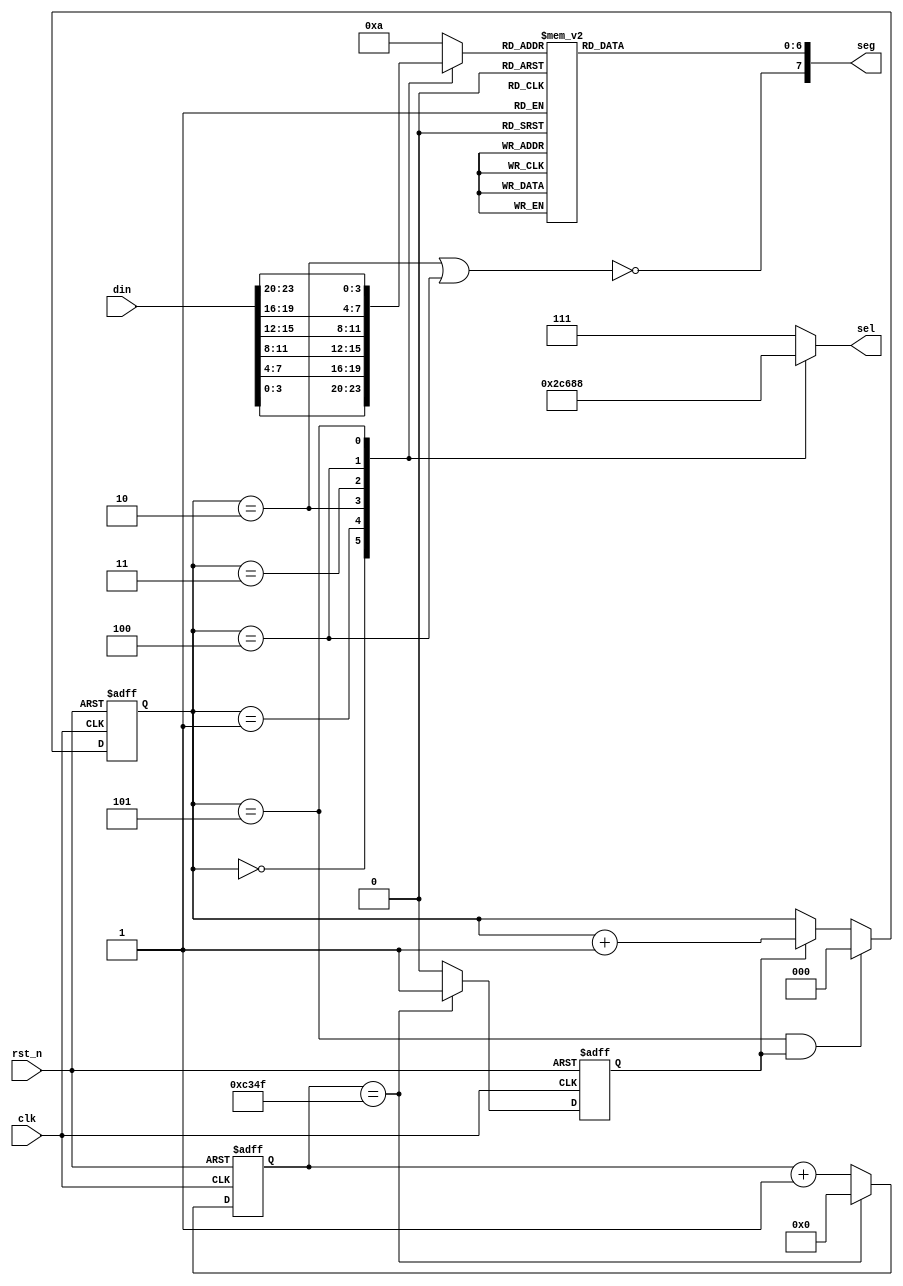
module  led_display (
/*i*/   input    wire              clk              ,
        input    wire              rst_n            ,
        input    wire    [23:0]    din              ,  //data from sco model;
/*o*/   output   wire    [2:0]     sel              ,  //38 decoder;
        output   wire    [7:0]     seg                 //segement;      
);
parameter MS_MAX = 17'd4_9999; //1ms dynamic refresh;//4_9999;
reg          flag_1ms;
reg  [16:0]  cnt_1ms;
reg  [2:0]   sel_r;
reg  [6:0]   seg_r;
reg  [3:0]   seg_sel;
reg  [2:0]   cnt_sel;
wire         dp;  
always @(posedge clk or negedge rst_n) begin   //control cnt_1ms value;
    if (~rst_n) begin
        cnt_1ms <= 0;
    end //if
    else begin
        cnt_1ms <= (cnt_1ms == MS_MAX) ? 16'd0 : cnt_1ms + 1'b1;    
    end //else
end //always
always @(posedge clk or negedge rst_n) begin //produce the flag_1ms high level;
    if (~rst_n) begin
        flag_1ms <= 1'b0;
    end //if
    else begin
        flag_1ms <= (cnt_1ms == MS_MAX) ? 1'b1 : 1'b0;    
    end //else
end //always
always @(posedge clk or negedge rst_n) begin //cnt sel value control;
    if (~rst_n) begin
        cnt_sel <= 0;
    end //if
    else begin
        cnt_sel <= (cnt_sel == 3'd5 && flag_1ms) ? 3'd0 : (flag_1ms) ? cnt_sel + 1'b1 : cnt_sel;   
    end //else
end //always
always @(*) begin          //sel logic exchange;
        case (cnt_sel)
            3'd0: begin sel_r = 3'b101;seg_sel = din[3:0];   end
            3'd1: begin sel_r = 3'b100;seg_sel = din[7:4];   end
            3'd2: begin sel_r = 3'b011;seg_sel = din[11:8];  end
            3'd3: begin sel_r = 3'b010;seg_sel = din[15:12]; end
            3'd4: begin sel_r = 3'b001;seg_sel = din[19:16]; end
            3'd5: begin sel_r = 3'b000;seg_sel = din[23:20]; end
            default: begin sel_r = 3'b111;seg_sel = 4'd10;   end 
        endcase //case   
end //always
always @(*) begin         //display coder;
        case (seg_sel)
            4'd0: begin seg_r = 7'b100_0000;    end //0; 
            4'd1: begin seg_r = 7'b111_1001;    end //1; 
            4'd2: begin seg_r = 7'b010_0100;    end //2; 
            4'd3: begin seg_r = 7'b011_0000;    end //3; 
            4'd4: begin seg_r = 7'b001_1001;    end //4; 
            4'd5: begin seg_r = 7'b001_0010;    end //5; 
            4'd6: begin seg_r = 7'b000_0010;    end //6; 
            4'd7: begin seg_r = 7'b111_1000;    end //7; 
            4'd8: begin seg_r = 7'b000_0000;    end //8; 
            4'd9: begin seg_r = 7'b001_0000;    end //9; 
            default: begin seg_r = 7'b100_0000; end //x;
            endcase //case    
end //always

assign dp = !(cnt_sel == 3'd2 || cnt_sel == 3'd4);  //dp produce logic;
assign seg = {dp,seg_r};
assign sel = sel_r;

endmodule